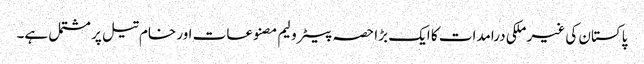
پاکستان کی غیر ملکی درامدات کا ایک بڑا حصہ پیٹرولیم مصنوعات اور خام تیل پر مشتمل ہے۔